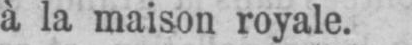
à la maison royale.